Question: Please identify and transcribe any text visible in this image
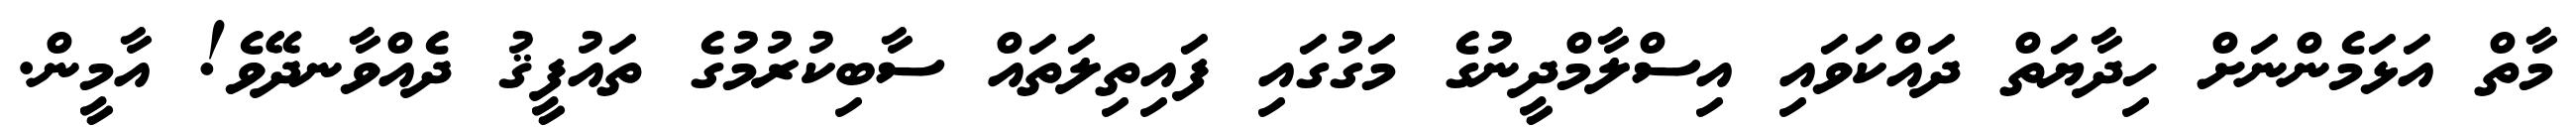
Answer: މާތް އަޅަމެންނަށް ހިދާޔަތް ދައްކަވައި އިސްލާމްދީނުގެ މަގުގައި ފައިތިލަތައް ސާބިކުރުމުގެ ތައުފީޤު ދެއްވާނދޭވެ! އާމީން.